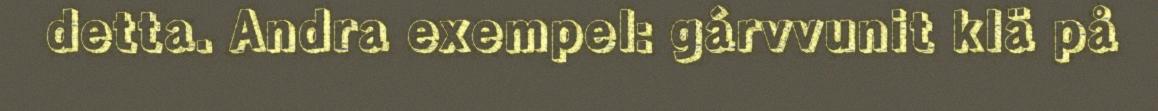
detta. Andra exempel: gárvvunit klä på